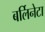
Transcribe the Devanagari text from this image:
बर्लिनेटा